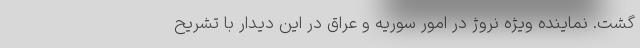
گشت. نماینده ویژه نروژ در امور سوریه و عراق در این دیدار با تشریح